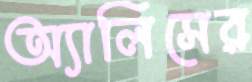
অ্যালিসের